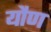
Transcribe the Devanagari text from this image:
यौण